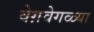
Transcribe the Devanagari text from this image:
वेग़वेगळ्या